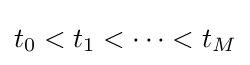
t_{0}<t_{1}<\cdots <t_{M}